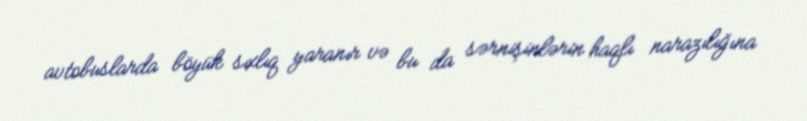
avtobuslarda böyük sıxlıq yaranır və bu da sərnişinlərin haqlı narazılığına